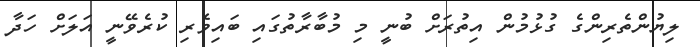
ލިޔުންތެރިންގެ ގުޅުމުން އިތުރަށް ބުނީ މި މުބާރާތުގައި ބައިވެރި ކުރެވޭނީ އަލަށް ހަދާ